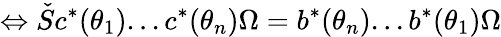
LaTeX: \Leftrightarrow\check{S}c^{*}(\theta_{1})...c^{*}(\theta_{n})\Omega=b^{*}(\theta_{n})...b^{*}(\theta_{1})\Omega